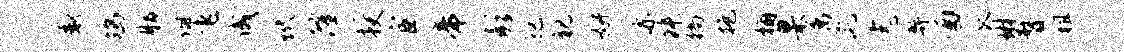
感鸪脂佩飞成玳隆授宦帝彭圮视妍亦舛徜抱桷臬属彘恚弊酒瓜琳瞀租